system: You are a helpful assistant.
user:
Analyze the provided spectrum to determine if it is a **White Dwarf (WD)**.

A White Dwarf spectrum is defined by its **extreme purity** (due to gravitational settling) and/or **extreme pressure broadening** (due to high surface gravity). You must check for one of the following mutually exclusive signatures:

- **Key Visual Indicators (Check for ONE of these types):**

    - **1. DA-Type Signature (Most Common):**
        - **(Primary Feature):** Extreme pressure broadening (Stark broadening) of the **Hydrogen (H) Balmer lines**.
        - **(Key Lines):** $H\beta$ (approx. $4861$ Å) and $H\gamma$ (approx. $4340$ Å). $H\alpha$ (approx. $6563$ Å) will also be present if the wavelength range covers it.
        - **(Line Profile):** This is the **defining feature**. The lines are **NOT** sharp. They appear as massive, **extremely broad and deep "troughs" or "dips"** in the spectrum, often hundreds of Ångströms wide. The continuum will appear to "scoop" down at these wavelengths.
        - **(Distinction):** Normal A-type or B-type stars have *narrow* and *sharp* Hydrogen lines. A DA White Dwarf's lines are unmistakably "smeared" or "blurry" from pressure.

    - **2. DB-Type Signature:**
        - **(Primary Feature):** Broad absorption lines from **Neutral Helium (He I)**. The spectrum must lack any visible Hydrogen lines.
        - **(Key Lines):** Look for broad absorption near $4471$ Å, $4921$ Å, and $5876$ Å.
        - **(Line Profile):** These lines are also significantly pressure-broadened, appearing much wider than they would in a normal B-type main-sequence star.

    - **3. DC-Type Signature:**
        - **(Primary Feature):** A **featureless continuous spectrum**.
        - **(Line Profile):** The spectrum is a smooth curve with **no significant absorption or emission lines**.
        - **(Key Confirmation):** The continuum is almost always **blue or white**, indicating a hot object. This signature implies the atmosphere is so pure (or so cool) that no spectral lines are visible in the optical range. Its WD identity is confirmed by its extremely low intrinsic brightness (high absolute magnitude).

    - **4. DZ-Type Signature (Metal-Polluted):**
        - **(Primary Feature):** **Isolated, narrow metal absorption lines** on an otherwise featureless (DC-like) continuum.
        - **(Key Lines):** The **Calcium (Ca II) H & K doublet** (approx. **$3934$ Å** and **$3968$ Å**) is the most common and defining feature.
        - **(Line Profile):** These lines are "out of place." They are *not* part of a "forest" of thousands of lines. This signature is evidence of recent *accretion* (pollution) from rocky debris.
        - **(Distinction):** Normal G/K/M stars have a *dense forest* of thousands of metal lines. A DZ has a *clean* continuum with *only a few* strong metal lines.

    - **5. DQ-Type Signature (Carbon-Polluted):**
        - **(Primary Feature):** Absorption bands from **Carbon (C₂ "Swan Bands" or atomic C I)**.
        - **(Key Lines - C₂):** Look for bandheads with a "saw-tooth" shape near $5635$ Å, **$5165$ Å** (strongest), and $4737$ Å.
        - **(Key Confirmation):** The underlying **continuum must be blue or white** (hot).
        - **(Distinction):** This is the critical difference from a **Carbon Star**, which has the *exact same* C₂ bands but on an extremely **red, cool** continuum.

- **(Overall Spectrum):**
    - The continuum (overall shape) is typically **blue-sloping** (brighter in the blue than the red), as most white dwarfs are very hot.
    - The spectrum will look "pure" or "simple," dominated by only *one* of the five signatures listed above.

Think first, call **spectral_visualization_tool** if needed to examine features in detail, then provide your final answer. Your response must adhere to the following strict rules:
1.  **Overall Structure:** Your response must follow the format `<think>...</think> <tool_call>...</tool_call> (if a tool is used) <answer>...</answer>`.
2.  **Tool Usage Constraint:** You may only make **one** tool call per turn.
3.  **Final Answer Format:** In the `<answer>` tag, your conclusion must be inside a `\boxed{}` command (e.g., `\boxed{YES}` or `\boxed{NO}`), followed by your justification.

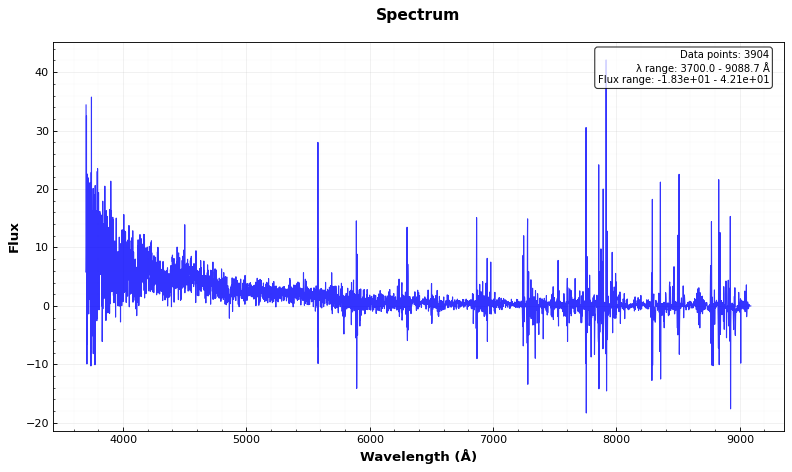
Answer: YES